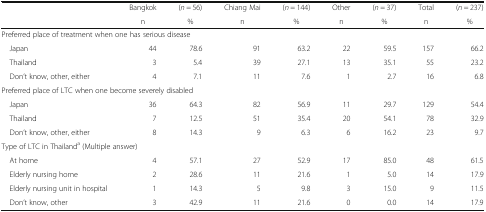
| <ROWSPAN=2>  | Bangkok | (n = 56) | Chiang Mai | (n = 144) | Other | (n = 37) | Total | (n = 237) |
 | n | % | n | % | n | % | n | % |
 | --- | --- | --- | --- | --- | --- | --- | --- | --- |
 | <COLSPAN=9> Preferred place of treatment when one has serious disease |
 | Japan | 44 | 78.6 | 91 | 63.2 | 22 | 59.5 | 157 | 66.2 |
 | Thailand | 3 | 5.4 | 39 | 27.1 | 13 | 35.1 | 55 | 23.2 |
 | Don’t know, other, either | 4 | 7.1 | 11 | 7.6 | 1 | 2.7 | 16 | 6.8 |
 | <COLSPAN=9> Preferred place of LTC when one become severely disabled |
 | Japan | 36 | 64.3 | 82 | 56.9 | 11 | 29.7 | 129 | 54.4 |
 | Thailand | 7 | 12.5 | 51 | 35.4 | 20 | 54.1 | 78 | 32.9 |
 | Don’t know, other, either | 8 | 14.3 | 9 | 6.3 | 6 | 16.2 | 23 | 9.7 |
 | <COLSPAN=9> Type of LTC in Thailanda (Multiple answer) |
 | At home | 4 | 57.1 | 27 | 52.9 | 17 | 85.0 | 48 | 61.5 |
 | Elderly nursing home | 2 | 28.6 | 11 | 21.6 | 1 | 5.0 | 14 | 17.9 |
 | Elderly nursing unit in hospital | 1 | 14.3 | 5 | 9.8 | 3 | 15.0 | 9 | 11.5 |
 | Don’t know, other | 3 | 42.9 | 11 | 21.6 | 0 | 0.0 | 14 | 17.9 |